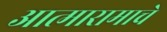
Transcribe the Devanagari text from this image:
आत्मारामाचे